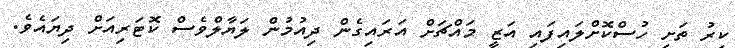
ކިރު ތަށި ހުސްކޮށްލައިފައި އަޒީ މައްޗަށް އަރައިގެން ދިއުމުން ލަޔާލްވެސް ކޮޓަރިއަށް ދިޔައެވެ.